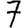
Digit: 7